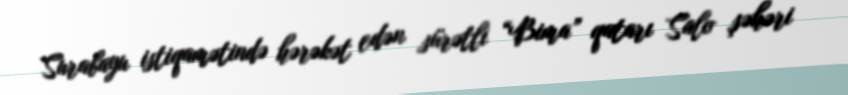
Surabayu istiqamətində hərəkət edən sürətli “Bima” qatarı Salo şəhəri